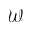
\mathcal { W }